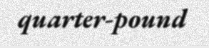
quarter-pound